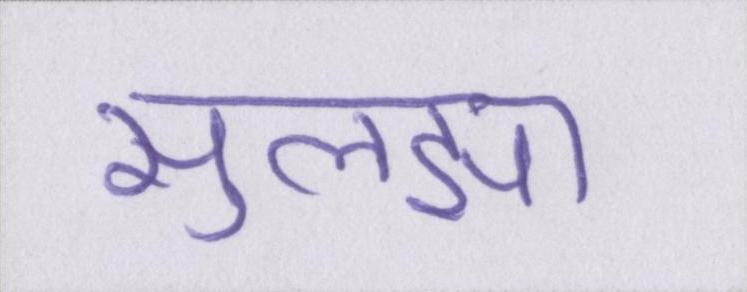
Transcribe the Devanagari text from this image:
सुलझा